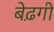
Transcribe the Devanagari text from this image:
बेढ़गी